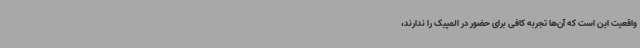
واقعیت این است که آن‌ها تجربه کافی برای حضور در المپیک را ندارند،